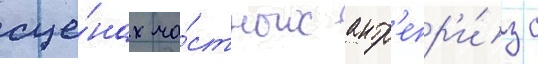
сце́нах ча́стных антр'епр'и́з с